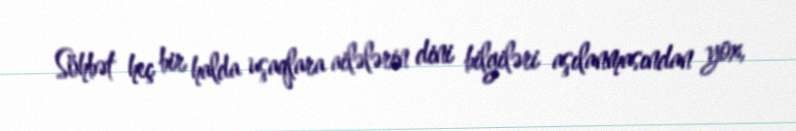
Söhbət heç bir halda uşaqlara ailələrin dini bilgiləri aşılanmasından yox,